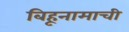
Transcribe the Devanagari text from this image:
बिहूनामाची